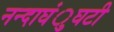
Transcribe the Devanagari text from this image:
नन्दाघंुघटी